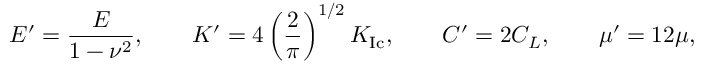
E ^ { \prime } = \frac { E } { 1 - \nu ^ { 2 } } , \qquad K ^ { \prime } = 4 \left( \frac { 2 } { \pi } \right) ^ { 1 / 2 } K _ { \mathrm { I c } } , \qquad C ^ { \prime } = 2 C _ { L } , \qquad \mu ^ { \prime } = 1 2 \mu ,